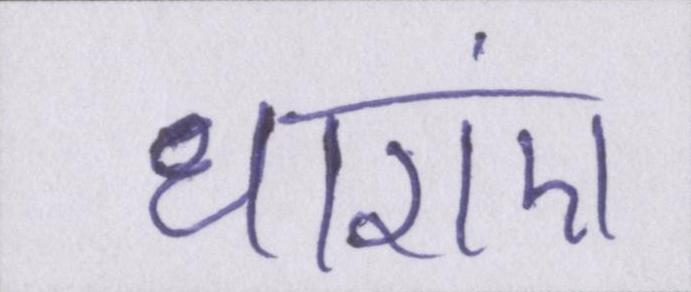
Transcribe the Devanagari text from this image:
धाराएं